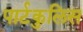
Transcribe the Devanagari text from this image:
पार्टकुलिस